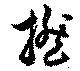
撚